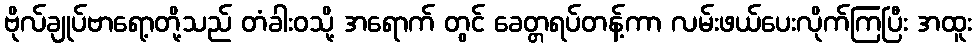
ဗိုလ်ချုပ်ဗာရော့တို့သည် တံခါးဝသို့ အရောက် တွင် ခေတ္တရပ်တန့်ကာ လမ်းဖယ်ပေးလိုက်ကြပြီး အထူး